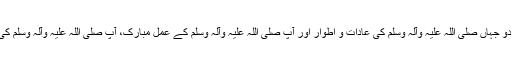
شریعت میں پیارے آقائے دو جہاں صلی اللہ علیہ وآلہ وسلم کی عادات و اطوار اور آپ صلی اللہ علیہ وآلہ وسلم کے عمل مبارک، آپ صلی اللہ علیہ وآلہ وسلم کی سنتِ مبارکہ کہلاتے ہیں۔